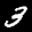
Label: 3